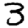
Digit: 3